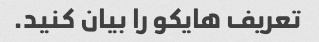
تعریف هایکو را بیان کنید.